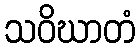
သဝိဃာတံ